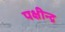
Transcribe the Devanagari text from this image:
पक्षीन्द्र